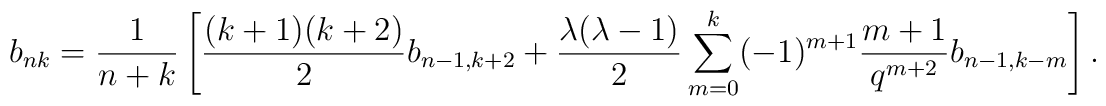
b_{nk}=\frac{1}{n+k} \left[\frac{(k+1)(k+2)}{2} b_{n-1, k+2} +  \frac{\lambda (\lambda -1)}{2} \sum_{m=0}^k (-1)^{m+1}  \frac{m+1}{q^{m+2}} b_{n-1, k-m} \right].